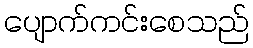
ပျောက်ကင်းစေသည်